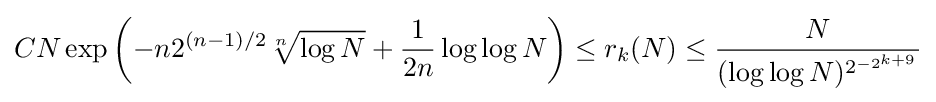
CN\exp \left(-n2^{(n-1)/2}{\sqrt[{n}]{\log N}}+{\frac {1}{2n}}\log \log N\right)\leq r_{k}(N)\leq {\frac {N}{(\log \log N)^{2^{-2^{k+9}}}}}